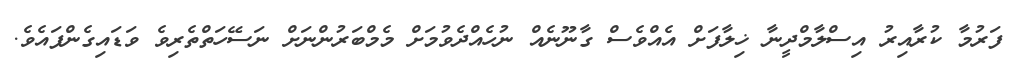
ފަރުމާ ކުރާއިރު އިސްލާމްދީނާ ޚިލާފަށް އެއްވެސް ގާނޫނެއް ނުހެއްދެވުމަށް މެމްބަރުންނަށް ނަސޭހަތްތެރިވެ ވަޑައިގެންފައެވެ.